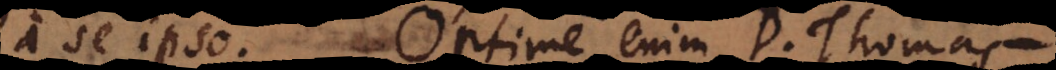
a seipso. Optime enim D. Thomas